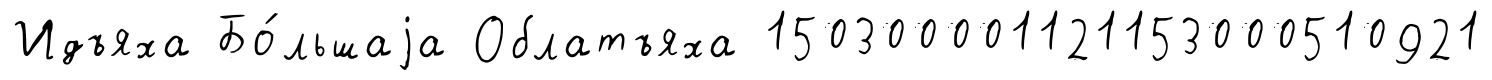
Идъяха Бо́льшаjа Облатъяха 150300001121153000510921